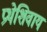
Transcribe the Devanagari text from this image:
प्रथेशिवाय